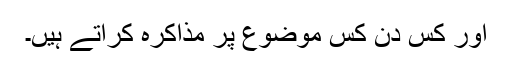
اور کس دن کس موضوع پر مذاکرہ کراتے ہیں۔